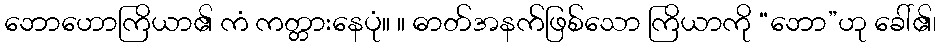
ဘောဟောကြိယာ၏ ကံ ကတ္တားနေပုံ။ ။ ဓာတ်အနက်ဖြစ်သော ကြိယာကို “ဘော”ဟု ခေါ်၏၊